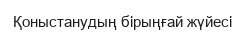
Қоныстанудың бірыңғай жүйесі